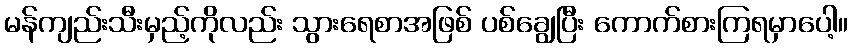
မန်ကျည်းသီးမှည့်ကိုလည်း သွားရေစာအဖြစ် ပစ်ချွေပြီး ကောက်စားကြရမှာပေါ့။